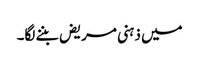
میں ذہنی مریض بننے لگا۔